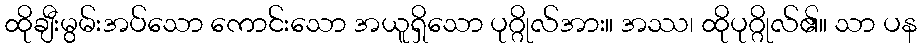
ထိုချီးမွမ်းအပ်သော ကောင်းသော အယူရှိသော ပုဂ္ဂိုလ်အား။ အဿ၊ ထိုပုဂ္ဂိုလ်၏။ သာ ပန